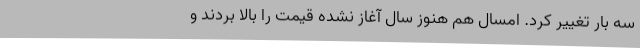
سه بار تغییر کرد. امسال هم هنوز سال آغاز نشده قیمت را بالا بردند و